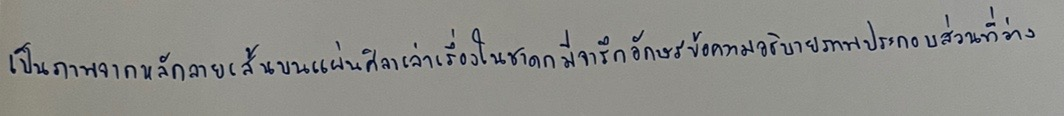
เป็นภาพจากหลักลายเส้นบนแผ่นศิลาเล่าเรื่องในชาดกมีจารึกอักษรข้อความอธิบายภาพประกอบส่วนที่ว่าง